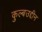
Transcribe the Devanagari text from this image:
कुल्बउद्दीन